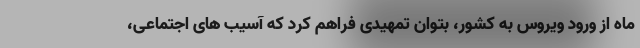
ماه از ورود ویروس به کشور، بتوان تمهیدی فراهم کرد که آسیب های اجتماعی،